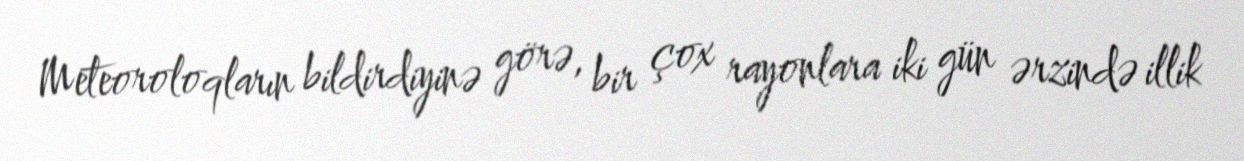
Meteoroloqların bildirdiyinə görə, bir çox rayonlara iki gün ərzində illik